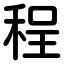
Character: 程